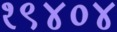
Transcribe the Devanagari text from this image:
१९४०४